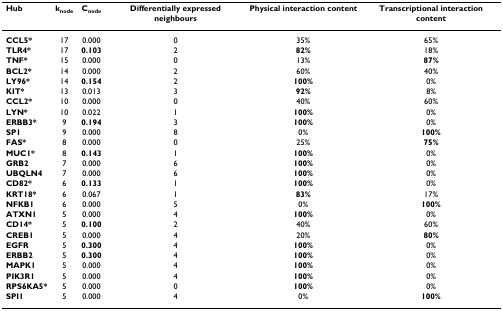
<table><thead><tr><td><b>Hub</b></td><td><b>k<sub>node</sub></b></td><td><b>C<sub>node</sub></b></td><td><b>Differentially expressed neighbours</b></td><td><b>Physical interaction content</b></td><td><b>Transcriptional interaction content</b></td></tr></thead><tbody><tr><td><b>CCL5*</b></td><td>17</td><td>0.000</td><td>0</td><td>35%</td><td>65%</td></tr><tr><td><b>TLR4*</b></td><td>17</td><td><b>0.103</b></td><td>2</td><td><b>82%</b></td><td>18%</td></tr><tr><td><b>TNF*</b></td><td>15</td><td>0.000</td><td>0</td><td>13%</td><td><b>87%</b></td></tr><tr><td><b>BCL2*</b></td><td>14</td><td>0.000</td><td>2</td><td>60%</td><td>40%</td></tr><tr><td><b>LY96*</b></td><td>14</td><td><b>0.154</b></td><td>2</td><td><b>100%</b></td><td>0%</td></tr><tr><td><b>KIT*</b></td><td>13</td><td>0.013</td><td>3</td><td><b>92%</b></td><td>8%</td></tr><tr><td><b>CCL2*</b></td><td>10</td><td>0.000</td><td>0</td><td>40%</td><td>60%</td></tr><tr><td><b>LYN*</b></td><td>10</td><td>0.022</td><td>1</td><td><b>100%</b></td><td>0%</td></tr><tr><td><b>ERBB3*</b></td><td>9</td><td><b>0.194</b></td><td>3</td><td><b>100%</b></td><td>0%</td></tr><tr><td><b>SP1</b></td><td>9</td><td>0.000</td><td>8</td><td>0%</td><td><b>100%</b></td></tr><tr><td><b>FAS*</b></td><td>8</td><td>0.000</td><td>0</td><td>25%</td><td><b>75%</b></td></tr><tr><td><b>MUC1*</b></td><td>8</td><td><b>0.143</b></td><td>1</td><td><b>100%</b></td><td>0%</td></tr><tr><td><b>GRB2</b></td><td>7</td><td>0.000</td><td>6</td><td><b>100%</b></td><td>0%</td></tr><tr><td><b>UBQLN4</b></td><td>7</td><td>0.000</td><td>6</td><td><b>100%</b></td><td>0%</td></tr><tr><td><b>CD82*</b></td><td>6</td><td><b>0.133</b></td><td>1</td><td><b>100%</b></td><td>0%</td></tr><tr><td><b>KRT18*</b></td><td>6</td><td>0.067</td><td>1</td><td><b>83%</b></td><td>17%</td></tr><tr><td><b>NFKB1</b></td><td>6</td><td>0.000</td><td>5</td><td>0%</td><td><b>100%</b></td></tr><tr><td><b>ATXN1</b></td><td>5</td><td>0.000</td><td>4</td><td><b>100%</b></td><td>0%</td></tr><tr><td><b>CD14*</b></td><td>5</td><td><b>0.100</b></td><td>2</td><td>40%</td><td>60%</td></tr><tr><td><b>CREB1</b></td><td>5</td><td>0.000</td><td>4</td><td>20%</td><td><b>80%</b></td></tr><tr><td><b>EGFR</b></td><td>5</td><td><b>0.300</b></td><td>4</td><td><b>100%</b></td><td>0%</td></tr><tr><td><b>ERBB2</b></td><td>5</td><td><b>0.300</b></td><td>4</td><td><b>100%</b></td><td>0%</td></tr><tr><td><b>MAPK1</b></td><td>5</td><td>0.000</td><td>4</td><td><b>100%</b></td><td>0%</td></tr><tr><td><b>PIK3R1</b></td><td>5</td><td>0.000</td><td>4</td><td><b>100%</b></td><td>0%</td></tr><tr><td><b>RPS6KA5*</b></td><td>5</td><td>0.000</td><td>0</td><td><b>100%</b></td><td>0%</td></tr><tr><td><b>SPI1</b></td><td>5</td><td>0.000</td><td>4</td><td>0%</td><td><b>100%</b></td></tr></tbody></table>